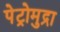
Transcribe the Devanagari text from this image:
पेट्रोमुद्रा